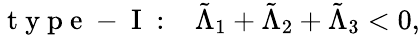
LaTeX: \mathrm{~t~y~p~e~-~I~:~}\; \; \tilde{\Lambda}_{1}+\tilde{\Lambda}_{2}+\tilde{\Lambda}_{3}<0,